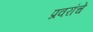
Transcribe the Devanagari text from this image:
प्रवरांचे